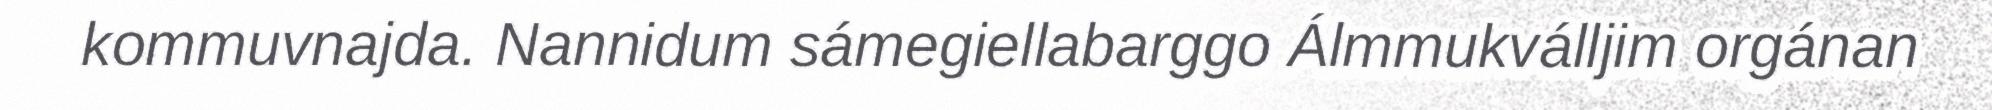
kommuvnajda. Nannidum sámegiellabarggo Álmmukválljim orgánan